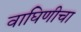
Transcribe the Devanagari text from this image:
वाघिणीचा